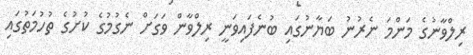
ރިލްވާނުގެ މަންމަ ނެރުނު ބަޔާނުގައި ބުނެފައިވަނީ ރިލްވާން ވަގަށް ނެގުމުގެ ކުށުގެ ތުހުމަތުގައި